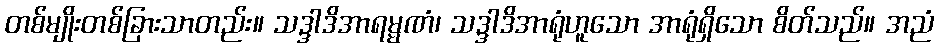
တစ်မျိုးတစ်ခြားသာတည်း။ သဒ္ဒါဒိအာရမ္မဏံ၊ သဒ္ဒါဒိအာရုံဟူသော အာရုံရှိသော စိတ်သည်။ အညံ